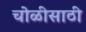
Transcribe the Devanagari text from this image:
चोळीसाठी